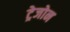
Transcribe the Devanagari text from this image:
ट्रेजोन